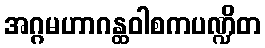
အဂ္ဂမဟာဂန္ထဝါစကပဏ္ဍိတ